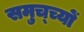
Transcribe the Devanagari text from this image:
समुच्च्यों